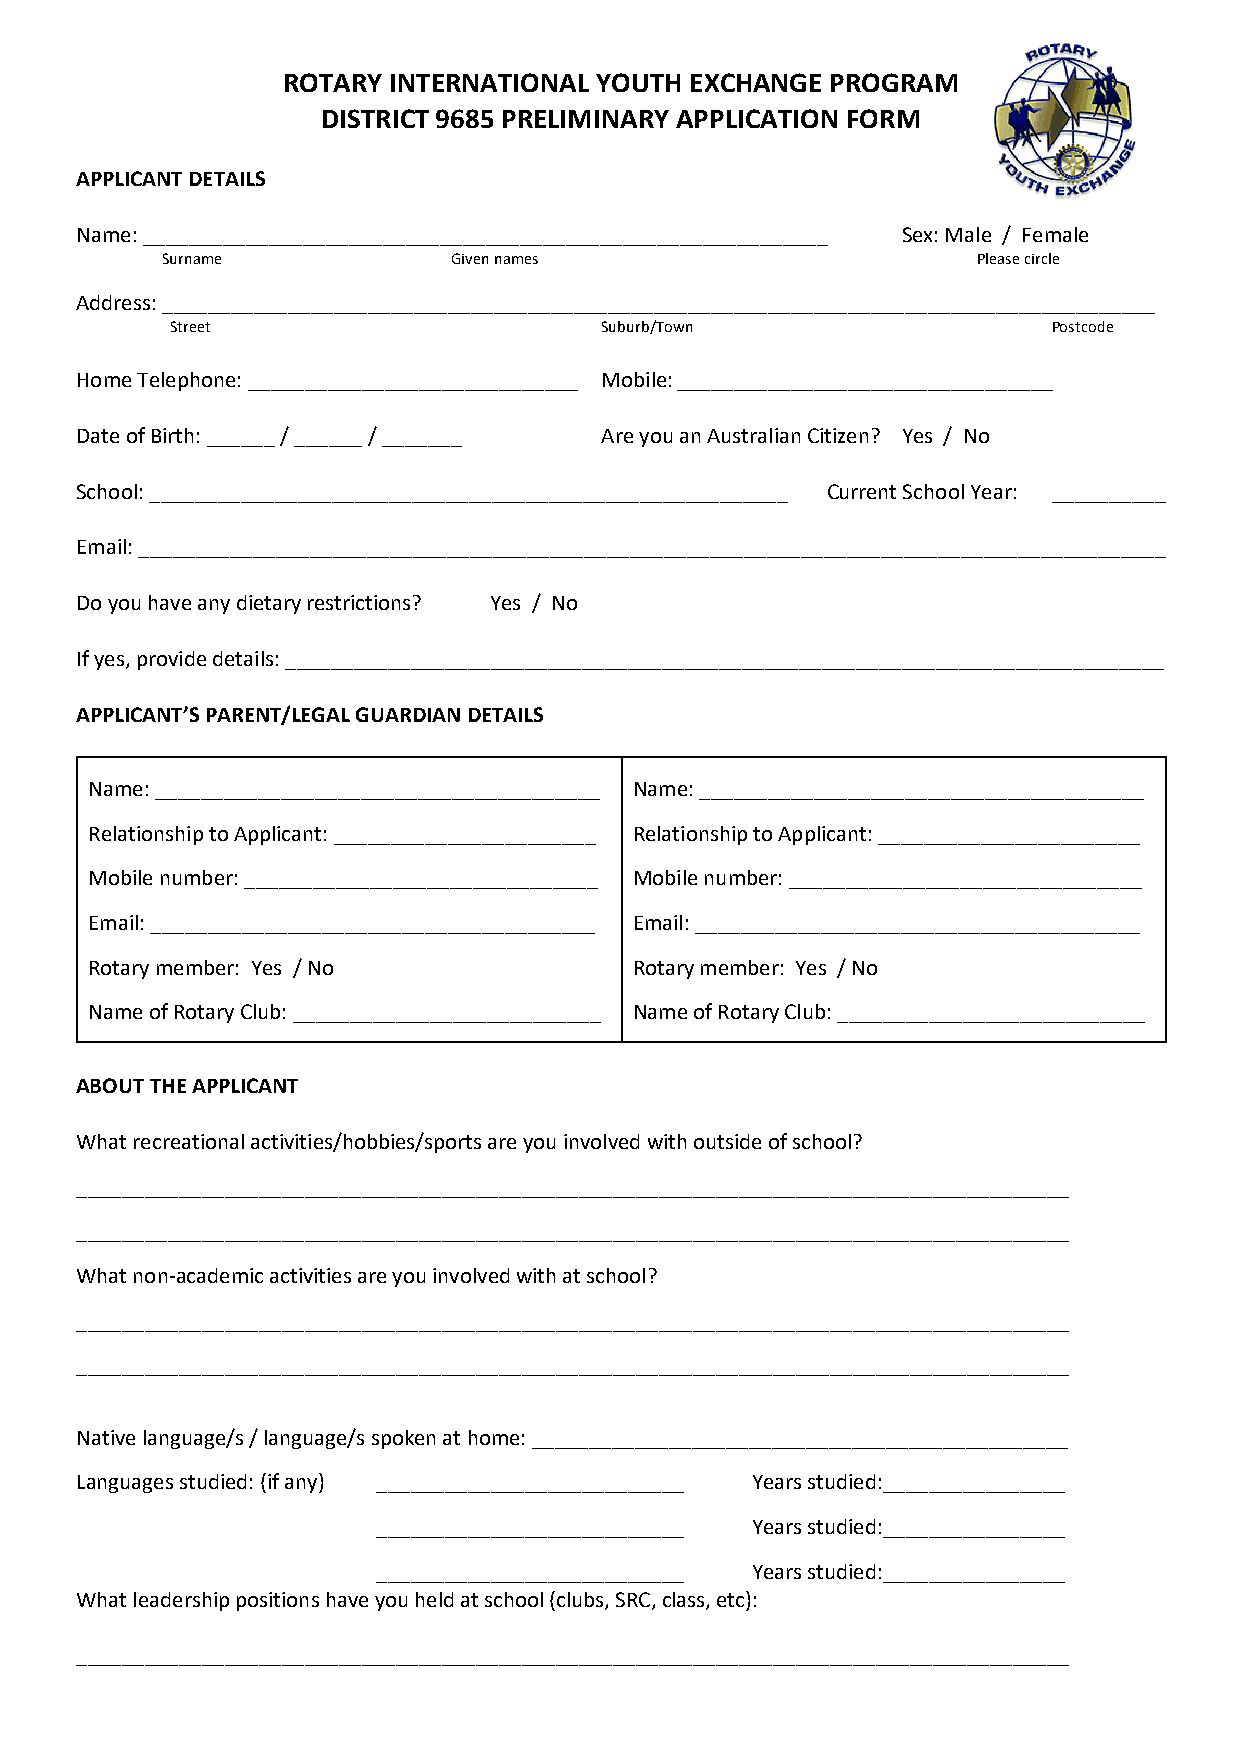
ROTARY INTERNATIONAL YOUTH EXCHANGE PROGRAM
 DISTRICT 9685 PRELIMINARY APPLICATION FORM
 APPLICANT DETAILS
 Name: ____________________________________________________________ Sex: Male / Female
 Surname            Given names                        Please circle
 Address: _______________________________________________________________________________________
 Street                       Suburb/Town                   Postcode
 Home Telephone: _____________________________ Mobile: _________________________________
 Date of Birth: ______ / ______ / _______ Are you an Australian Citizen? Yes / No
 School: ________________________________________________________ Current School Year: __________
 Email: __________________________________________________________________________________________
 Do you have any dietary restrictions? Yes / No
 If yes, provide details: _____________________________________________________________________________
 APPLICANT’S PARENT/LEGAL GUARDIAN DETAILS
 Name: _______________________________________ Name: _______________________________________
 Relationship to Applicant: _______________________ Relationship to Applicant: _______________________
 Mobile number: _______________________________ Mobile number: _______________________________
 Email: _______________________________________ Email: _______________________________________
 Rotary member: Yes / No             Rotary member: Yes / No
 Name of Rotary Club: ___________________________ Name of Rotary Club: ___________________________
 ABOUT THE APPLICANT
 What recreational activities/hobbies/sports are you involved with outside of school?
 _______________________________________________________________________________________
 _______________________________________________________________________________________
 What non-academic activities are you involved with at school?
 _______________________________________________________________________________________
 _______________________________________________________________________________________
 Native language/s / language/s spoken at home: _______________________________________________
 Languages studied: (if any) ___________________________ Years studied:________________
 ___________________________ Years studied:________________
 ___________________________ Years studied:________________
 What leadership positions have you held at school (clubs, SRC, class, etc):
 _______________________________________________________________________________________